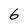
Character: 6